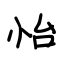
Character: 怡